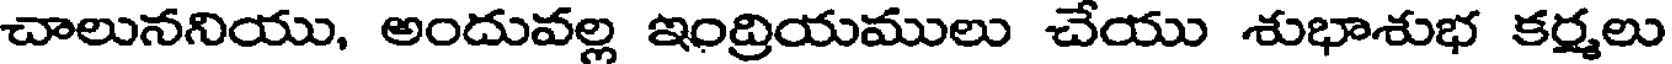
చాలుననియు, అందువల్ల ఇంద్రియములు చేయు శుభాశుభ కర్మలు